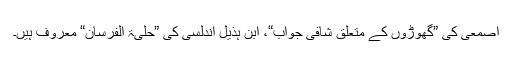
اصمعی کی ”گھوڑوں کے متعلق شافی جواب“، ابن ہذیل اندلسی کی ”حلیۃ الفرسان“ معروف ہیں۔